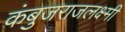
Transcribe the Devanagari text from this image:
कंबुजराजलक्ष्मी